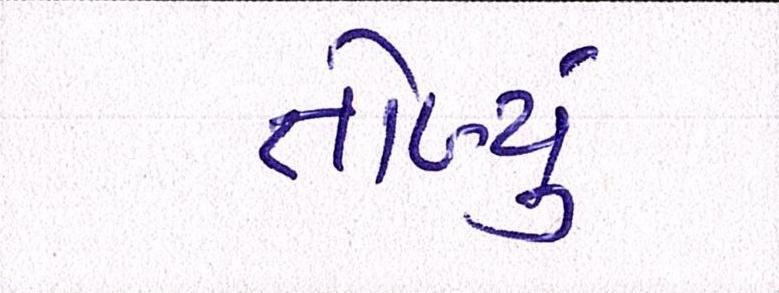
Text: તોળ્યું